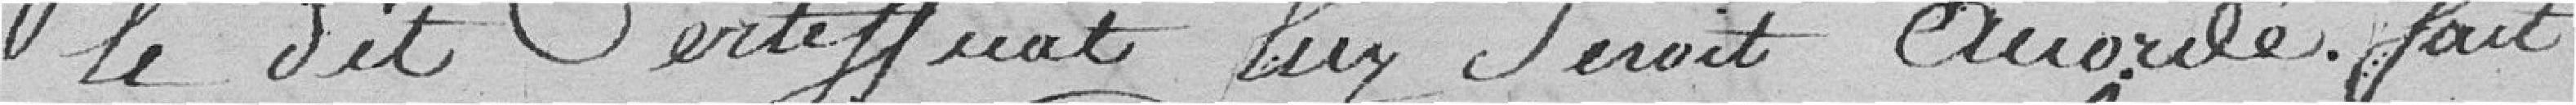
le dit Certificat leur Serait Accordé. fait